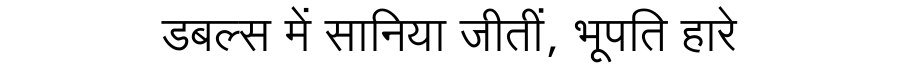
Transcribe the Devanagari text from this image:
डबल्स में सानिया जीतीं, भूपति हारे